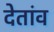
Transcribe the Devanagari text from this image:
देतांव